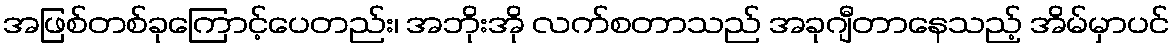
အဖြစ်တစ်ခုကြောင့်ပေတည်း၊ အဘိုးအို လက်စတာသည် အခုဂျီတာနေသည့် အိမ်မှာပင်